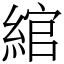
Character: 綰